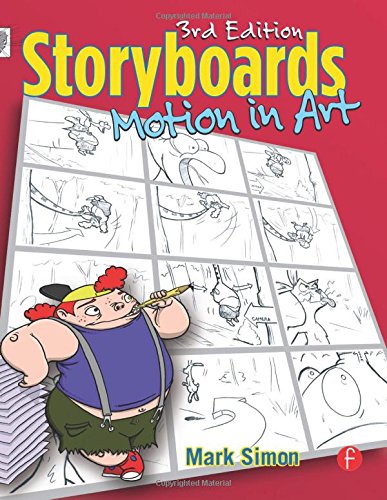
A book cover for Storyboards: Motion in Art, Third Edition; Mark A. Simon; Humor & Entertainment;